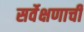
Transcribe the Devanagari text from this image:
सर्वेक्षणाची